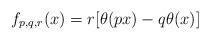
LaTeX: \begin{align*}f_{p,q,r}(x)=r[\theta(px)-q\theta(x)]\end{align*}